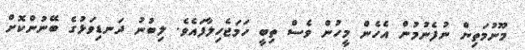
މޫނުމަތިން ނުފެނުމުން އެހެން މީހުން ވެސް ތިބީ ހަމަޖެހިލާފައެވެ. ލިބުނު ދަނޑިވަޅުގެ ބޭނުންކޮށް